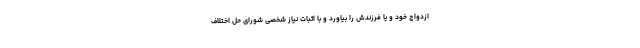
ازدواج خود و یا فرزندش را بیاورد و با اثبات نیاز شخصی شورای حل اختلاف